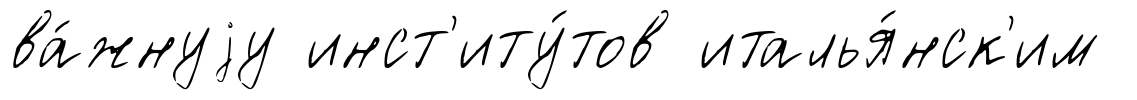
ва́жнуjу инст'иту́тов италья́нск'им